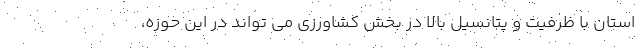
استان با ظرفیت و پتانسیل بالا در بخش کشاورزی می تواند در این حوزه،